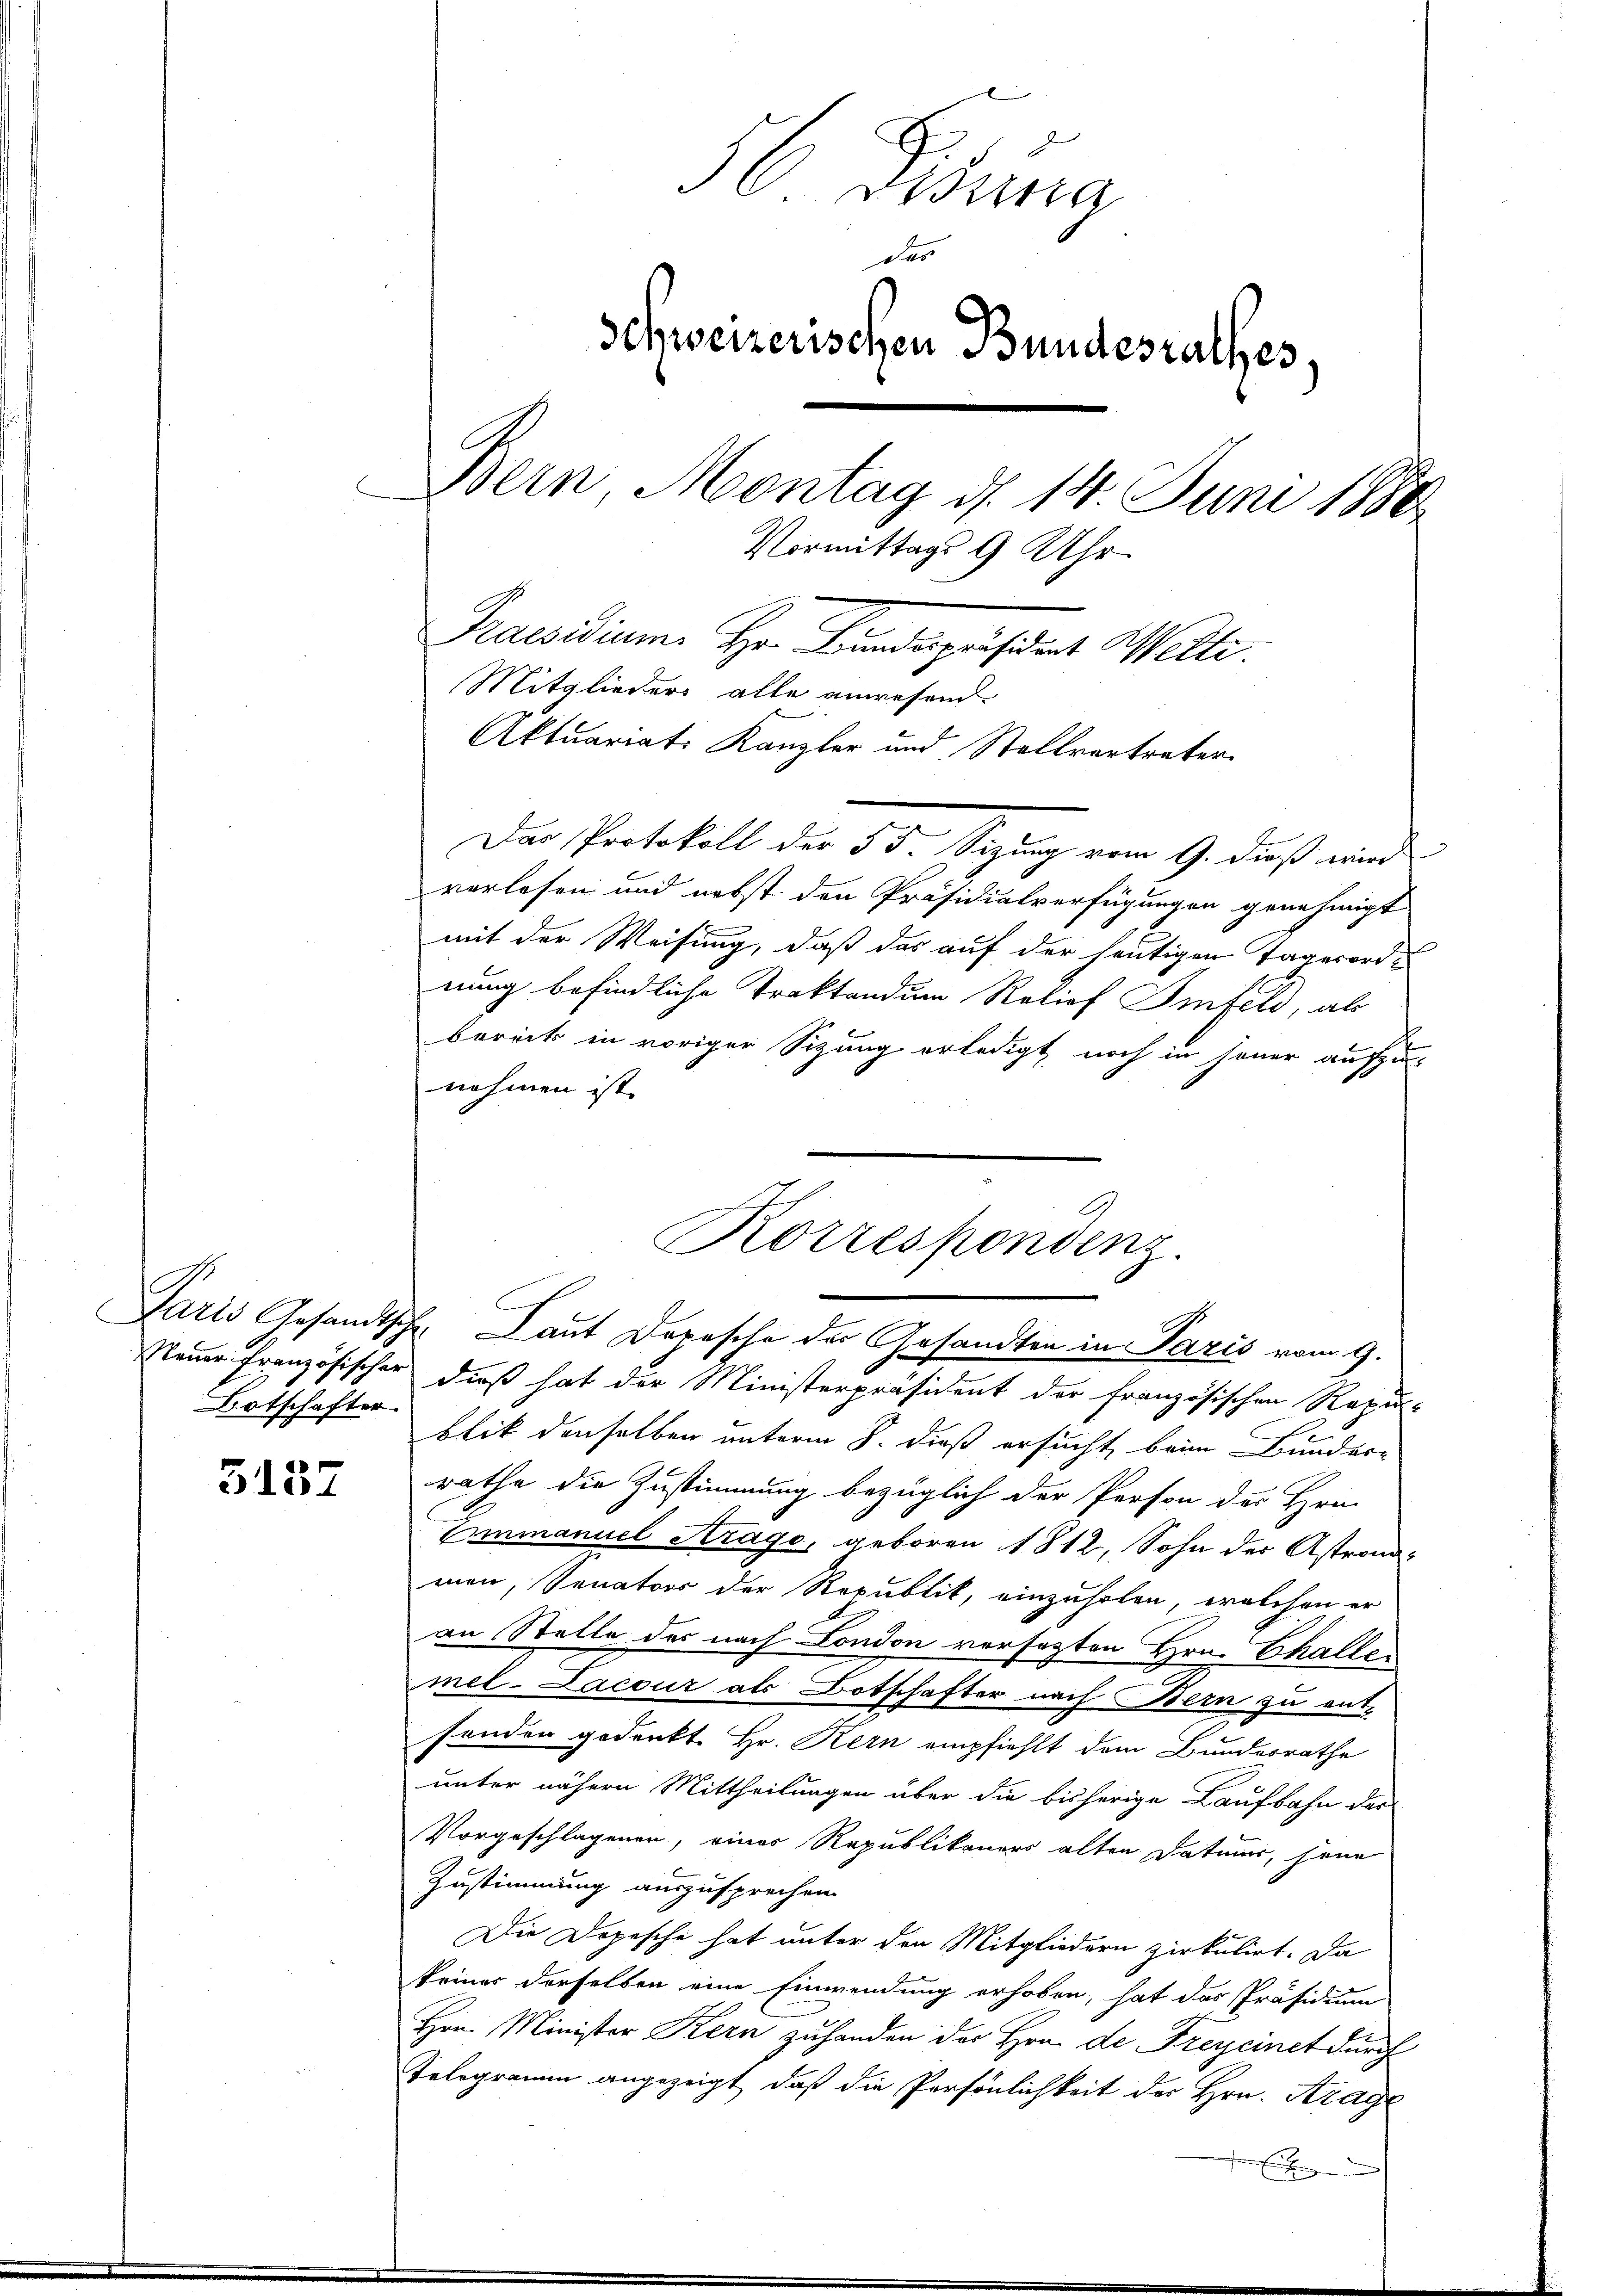
Botschafter.

3157

56 Fidung
dar
Schweizerischen Bundesrathes
Bern, Montag d. 14. Juni 1888.
Vormittags 9 Uhr
Praesidium. Hr. Bindepräsident Welte.
Mitglieders alle anwesend
Aktuariat. Kanzler und Stellvertreter.

Das Protokoll der 5. d. Sitzung vom 9. dieß wird
vorlesen und nebst den Präsidialverfügungen genehmigt
mit der Weisung, daß das auf der heutigen Tagesordnung befindliche Traktandum Relief Finfeld, als
bereits in voriger Sitzung erledigt, noch in jener aufzu-
nehmen ist.

Neuer Französischer dieß hat der Ministerpräsident der französischen Rezublik denselben unterm 8. dieß ersucht, beim Bunder-
rathe die Zustimmung bezüglich der Person der Hrn.
Einmanuel Arago, geboren 1812, Sohn der Astronamen, Senators der Republik, einzuholen, welchen er
an Stelle des nach London versetzten Hrn. Challen
mel-Lacour als Botschafter nach Bern zu ent-
senden gedenkt Hr. Kern empfiehlt dem Bundesrathe
unter nähern Mittheilungen über die bisherige Kaufbahn das
Vorgeschlagenen, einer Republikaners alten Datums, jene
Zustimmung auszusprechen.
Die Dopesche hat unter den Mitgliedern zirkulirt. Da
keiner derselben eine Einwendung erhoben, hat das Präsidium
Hrn. Minister Kern zuhanden der Hrn. de Freycinet durch
Telegramm angezeigt, daß die Persönlichkeit der Hrn. Krage
E

Korrespondenz.
Paris Gesandtsche Laut Depesche der Gesandten in Paris vom 9.